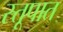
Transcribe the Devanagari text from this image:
स्तूपात